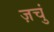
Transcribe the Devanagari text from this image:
ज़चुं